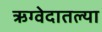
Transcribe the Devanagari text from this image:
ऋग्वेदातल्या